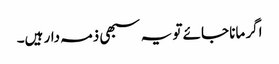
اگر مانا جائے تو یہ سبھی ذمہ دار ہیں۔